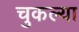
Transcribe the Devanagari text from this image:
चुकल्या